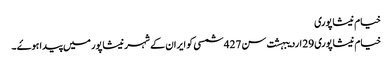
خیام نیشاپوری
خیام نیشاپوری 29 اردیبہشت سن 427 شمسی کو ایران کے شہر نیشاپور میں پیدا ہوۓ ۔